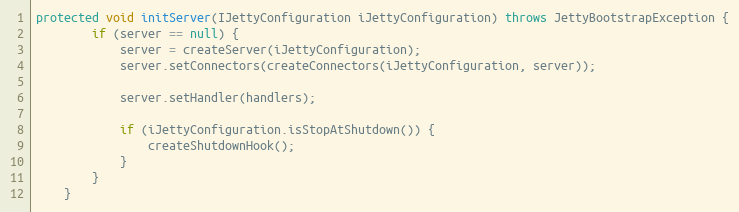
Language: Java
protected void initServer(IJettyConfiguration iJettyConfiguration) throws JettyBootstrapException {
        if (server == null) {
            server = createServer(iJettyConfiguration);
            server.setConnectors(createConnectors(iJettyConfiguration, server));

            server.setHandler(handlers);

            if (iJettyConfiguration.isStopAtShutdown()) {
                createShutdownHook();
            }
        }
    }